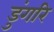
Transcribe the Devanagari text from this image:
डुंगरि